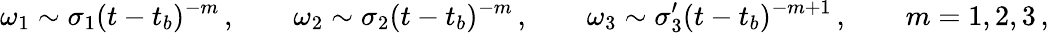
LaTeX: \omega_{1}\sim\sigma_{1}(t-t_{b})^{-m}\, ,\qquad\omega_{2}\sim\sigma_{2}(t-t_{b})^{-m}\, ,\qquad\omega_{3}\sim\sigma_{3}^{\prime}(t-t_{b})^{-m+1}\, ,\qquad m=1,2,3\, ,